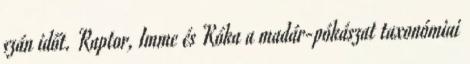
szán időt. Raptor, Imme és Kóka a madár-pókászat taxonómiai